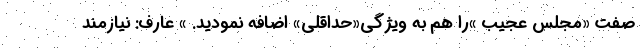
صفت «مجلس عجیب »را هم به ویژگی«حداقلی» اضافه نمودید. » عارف: نیازمند